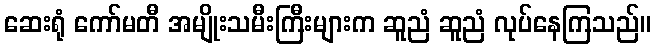
ဆေးရုံ ကော်မတီ အမျိုးသမီးကြီးများက ဆူညံ ဆူညံ လုပ်နေကြသည်။